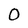
Character: 0